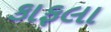
કાફલા